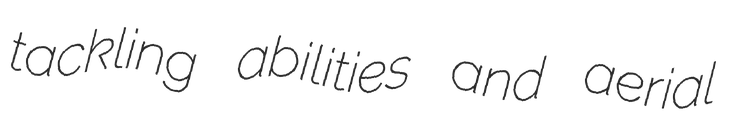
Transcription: tackling abilities and aerial